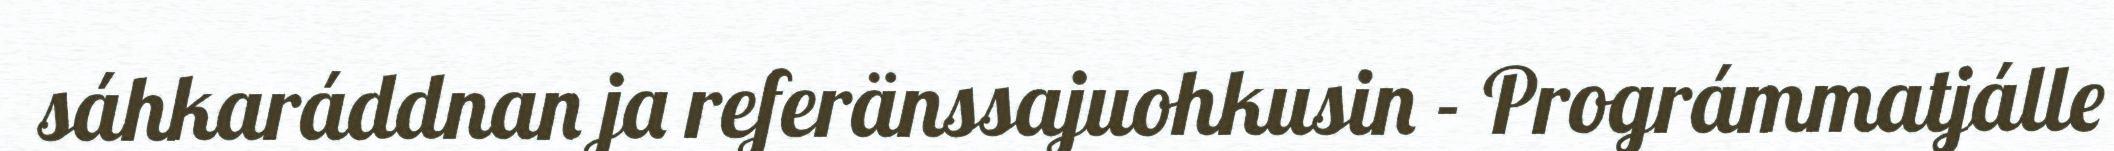
sáhkaráddnan ja referänssajuohkusin - Prográmmatjálle